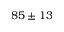
8 5 \pm 1 3